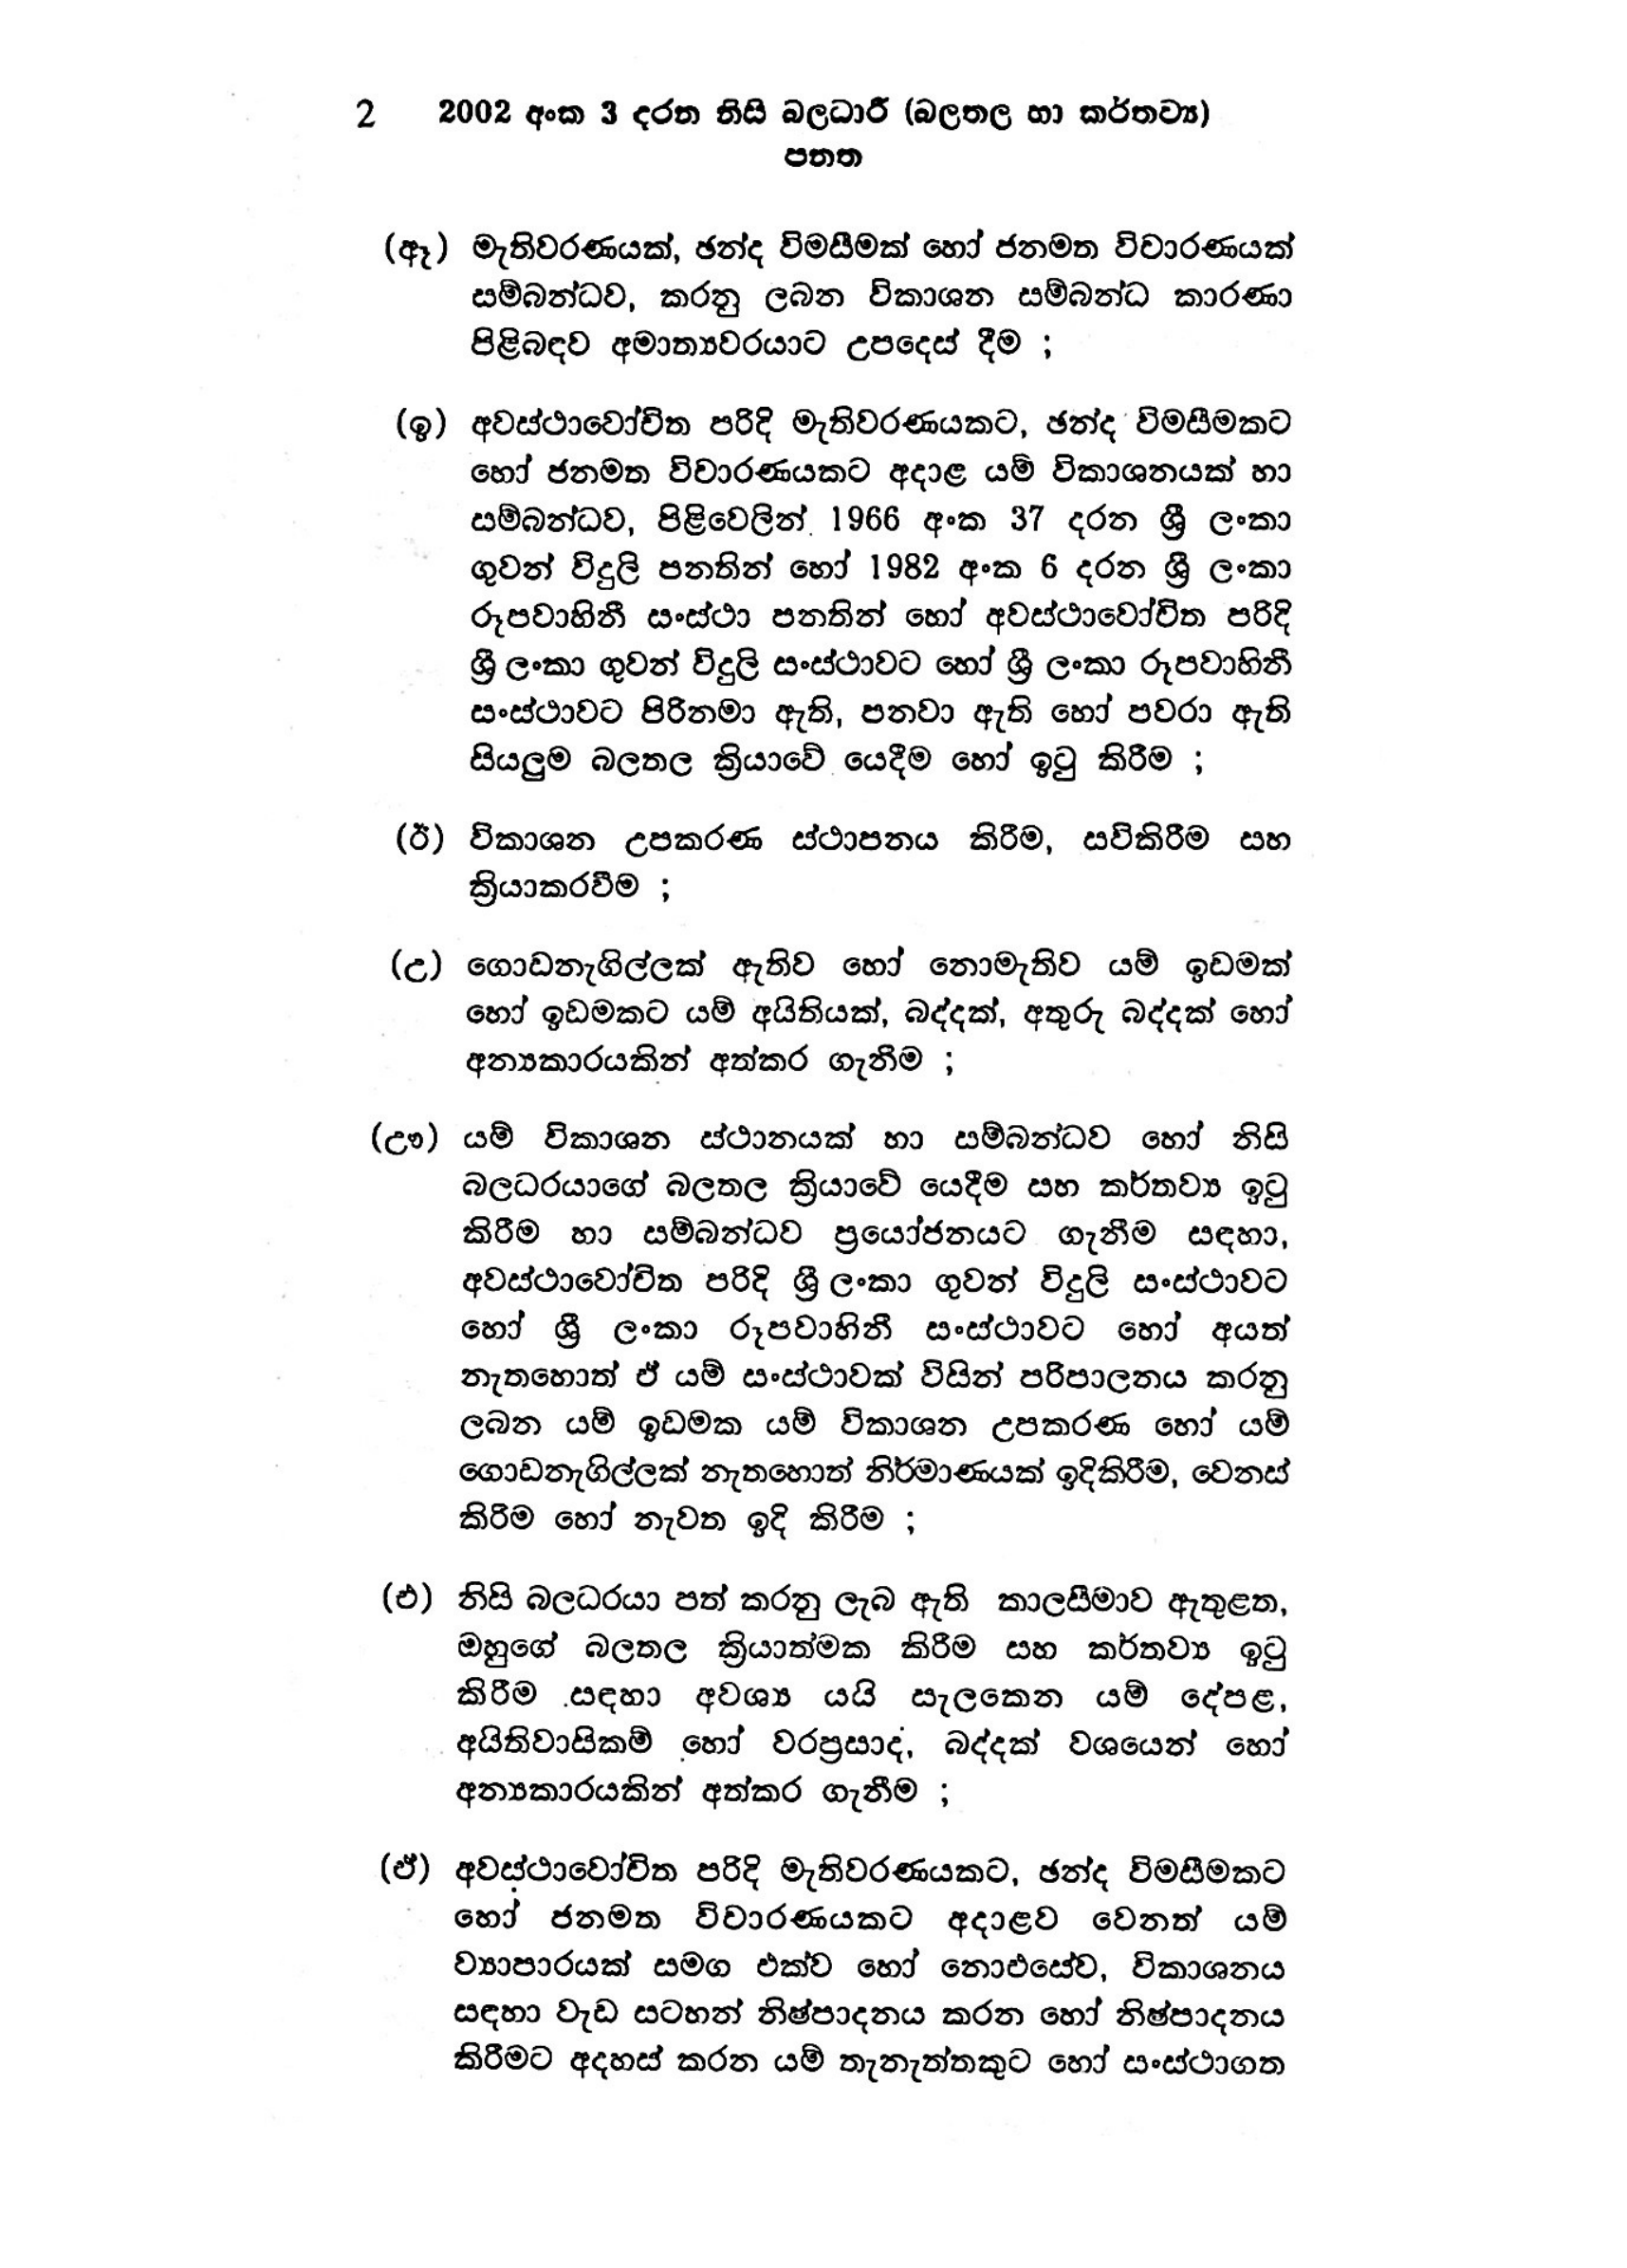
2 2002 අංක 3 දරන නිසි බලධාරී (බලතල හා කර්තව්‍ය)
පතත

(ඈ) මැතිවරණයක්, ඡන්ද විමසීමක් හෝ ජනමත විචාරණයක්
සම්බන්ධව, කරනු ලබන විකාශන සම්බන්ධ කාරණා
පිළිබඳව අමාත්‍යවරයාට උපදෙස් දීම ;

(ඉ) අවස්ථාවෝචිත පරිදි මැතිවරණයකට, ඡන්ද විමසීමකට
හෝ ජනමත විචාරණයකට අදාළ යම් විකාශනයක් හා
සම්බන්ධව, පිළිවෙලින් 1966 අංක 37 දරන ශ්‍රී ලංකා
ගුවන් විදුලි පනතින් හෝ 1982 අංක 6 දරන ශ්‍රී ලංකා
රූපවාහිනී සංස්ථා පනතින් හෝ අවස්ථාවෝචිත පරිදි
ශ්‍රී ලංකා ගුවන් විදුලි සංස්ථාවට හෝ ශ්‍රී ලංකා රූපවාහිනී
සංස්ථාවට පිරිනමා ඇති, පනවා ඇති හෝ පවරා ඇති
සියලුම බලතල ක්‍රියාවේ යෙදීම හෝ ඉටු කිරීම ;

(ඊ) විකාශන උපකරණ ස්ථාපනය කිරීම, සවිකිරීම සහ
ක්‍රියාකරවීම ;

(උ) ගොඩනැගිල්ලක් ඇතිව හෝ නොමැතිව යම් ඉඩමක්
හෝ ඉඩමකට යම් අයිතියක්, බද්දක්, අතුරු බද්දක් හෝ
අන්‍යකාරයකින් අත්කර ගැනීම ;

(ඌ) යම් විකාශන ස්ථානයක් හා සම්බන්ධව හෝ නිසි
බලධරයාගේ බලතල ක්‍රියාවේ යෙදීම සහ කර්තව්‍ය ඉටු
කිරීම හා සම්බන්ධව ප්‍රයෝජනයට ගැනීම සඳහා,
අවස්ථාවෝචිත පරිදි ශ්‍රී ලංකා ගුවන් විදුලි සංස්ථාවට
හෝ ශ්‍රී ලංකා රූපවාහිනී සංස්ථාවට හෝ අයත්
නැතහොත් ඒ යම් සංස්ථාවක් විසින් පරිපාලනය කරනු
ලබන යම් ඉඩමක යම් විකාශන උපකරණ හෝ යම්
ගොඩනැගිල්ලක් නැතහොත් නිර්මාණයක් ඉදිකිරීම, වෙනස්
කිරීම හෝ නැවත ඉදි කිරීම ;

(එ) නිසි බලධරයා පත් කරනු ලැබ ඇති කාලසීමාව ඇතුළත,
ඔහුගේ බලතල ක්‍රියාත්මක කිරීම සහ කර්තව්‍ය ඉටු
කිරීම සඳහා අවශ්‍ය යයි සැලකෙන යම් දේපළ,
අයිතිවාසිකම් හෝ වරප්‍රසාද, බද්දක් වශයෙන් හෝ
අන්‍යකාරයකින් අත්කර ගැනීම ;

(ඒ) අවස්ථාවෝචිත පරිදි මැතිවරණයකට, ඡන්ද විමසීමකට
හෝ ජනමත විචාරණයකට අදාළව වෙනත් යම්
ව්‍යාපාරයක් සමග එක්ව හෝ නොඑසේව, විකාශනය
සඳහා වැඩ සටහන් නිෂ්පාදනය කරන හෝ නිෂ්පාදනය
කිරීමට අදහස් කරන යම් තැනැත්තකුට හෝ සංස්ථාගත